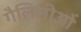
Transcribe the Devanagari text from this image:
गैलिलीओं